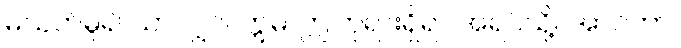
မသတ်မူ၍ သာလျှင်။ ဣဓ၊ ဤဘုရားရှိရာ အရပ်သို့။ အာဂတာ၊